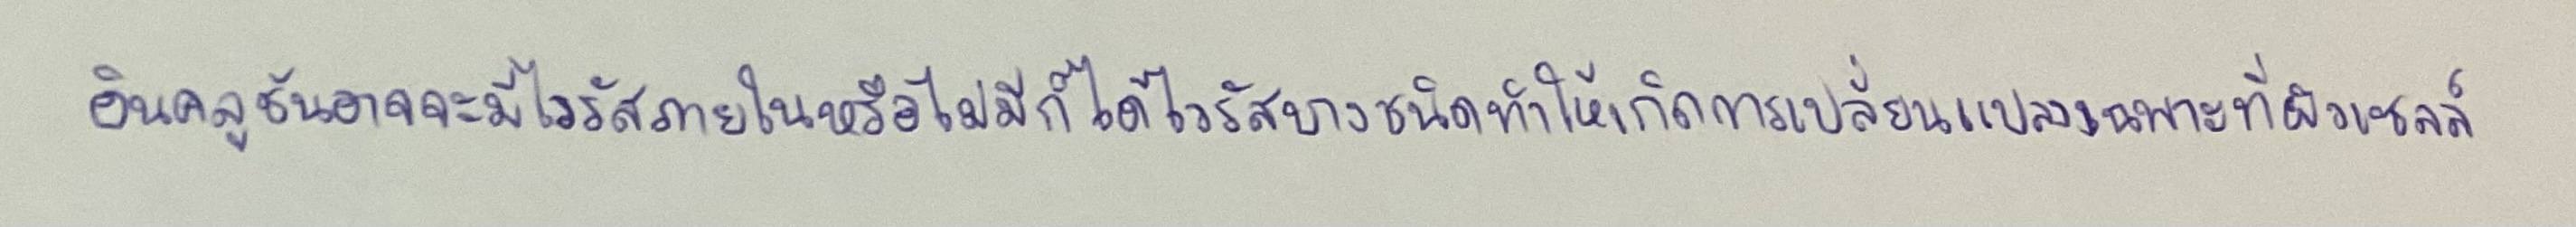
อินคลูชันอาจจะมีไวรัสภายในหรือไม่มีก็ได้ไวรัสบางชนิดทำให้เกิดการเปลี่ยนแปลงเฉพาะที่ผิวเซลล์